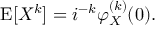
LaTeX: \operatorname { E } [ X ^ { k } ] = i ^ { - k } \varphi _ { X } ^ { ( k ) } ( 0 ) .